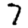
Digit: 7